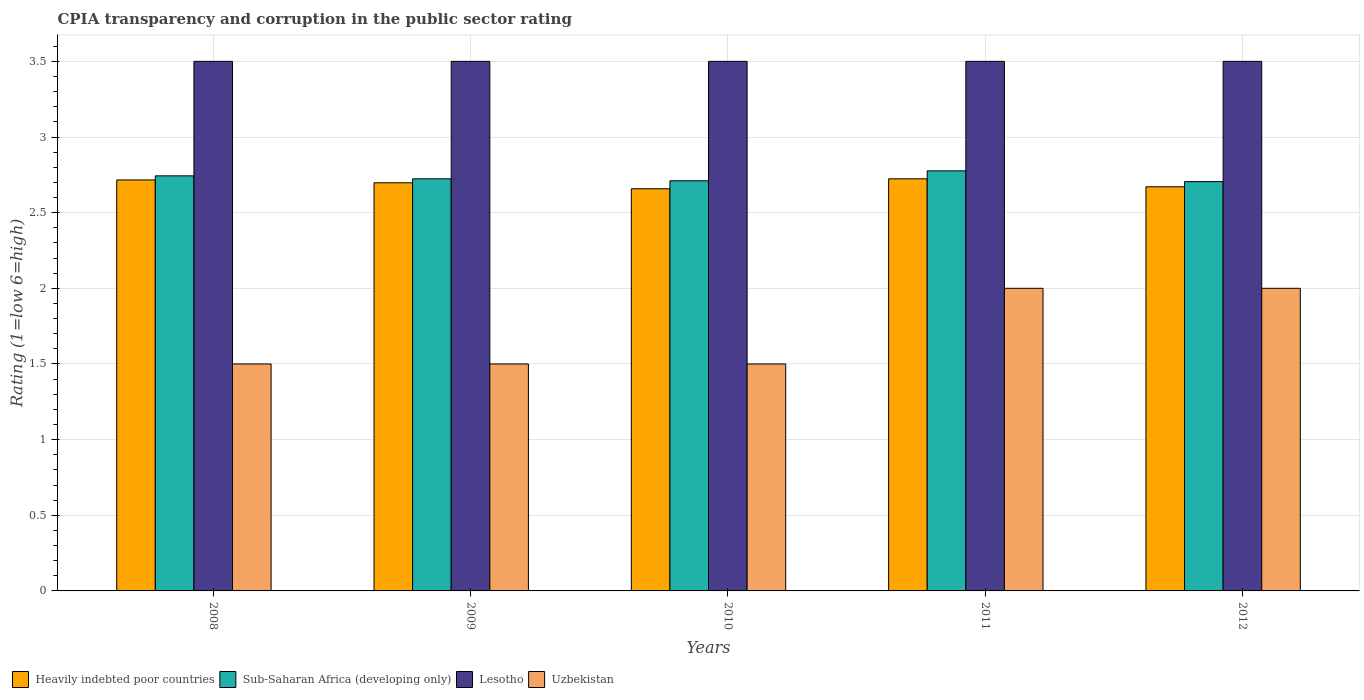
| Years | Heavily indebted poor countries | Sub-Saharan Africa (developing only) | Lesotho | Uzbekistan |
 | --- | --- | --- | --- | --- |
 | 2008 | 2.72 | 2.74 | 3.5 | 1.5 |
 | 2009 | 2.7 | 2.72 | 3.5 | 1.5 |
 | 2010 | 2.66 | 2.71 | 3.5 | 1.5 |
 | 2011 | 2.72 | 2.78 | 3.5 | 2 |
 | 2012 | 2.67 | 2.71 | 3.5 | 2 |